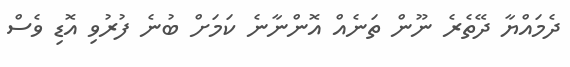
ދެމައްޔާ ދޭތެރެ ނޫން ތަނެއް އޮންނާނެ ކަމަށް ބުނެ ފުރުވި އޮޑި ވެސް